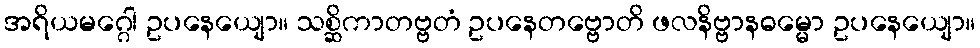
အရိယမဂ္ဂေါ ဥပနေယျော။ သစ္ဆိကာတဗ္ဗတံ ဥပနေတဗ္ဗောတိ ဖလနိဗ္ဗာနဓမ္မော ဥပနေယျော။